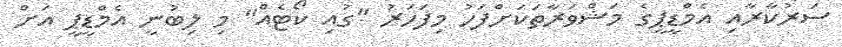
ސަރުކާރާއި އެމްޑީޕީގެ މަޝްވަރާތަކަށްފަހު މިފަހަރު "ގުއި ކޯޓެއް" މި ލިބުނީ އެމްޑީޕީ އަށް